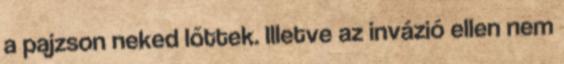
a pajzson neked lőttek. Illetve az invázió ellen nem